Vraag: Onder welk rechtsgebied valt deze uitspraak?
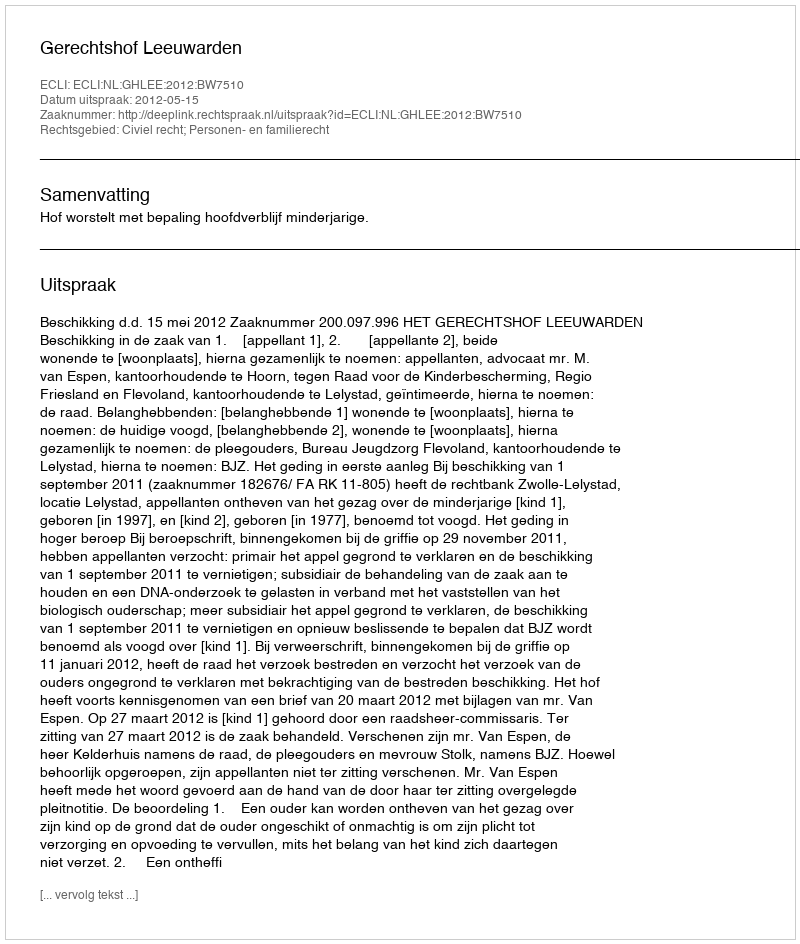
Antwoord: Civiel recht; Personen- en familierecht